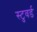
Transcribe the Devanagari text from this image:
स्टुवर्ड